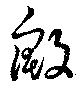
殷